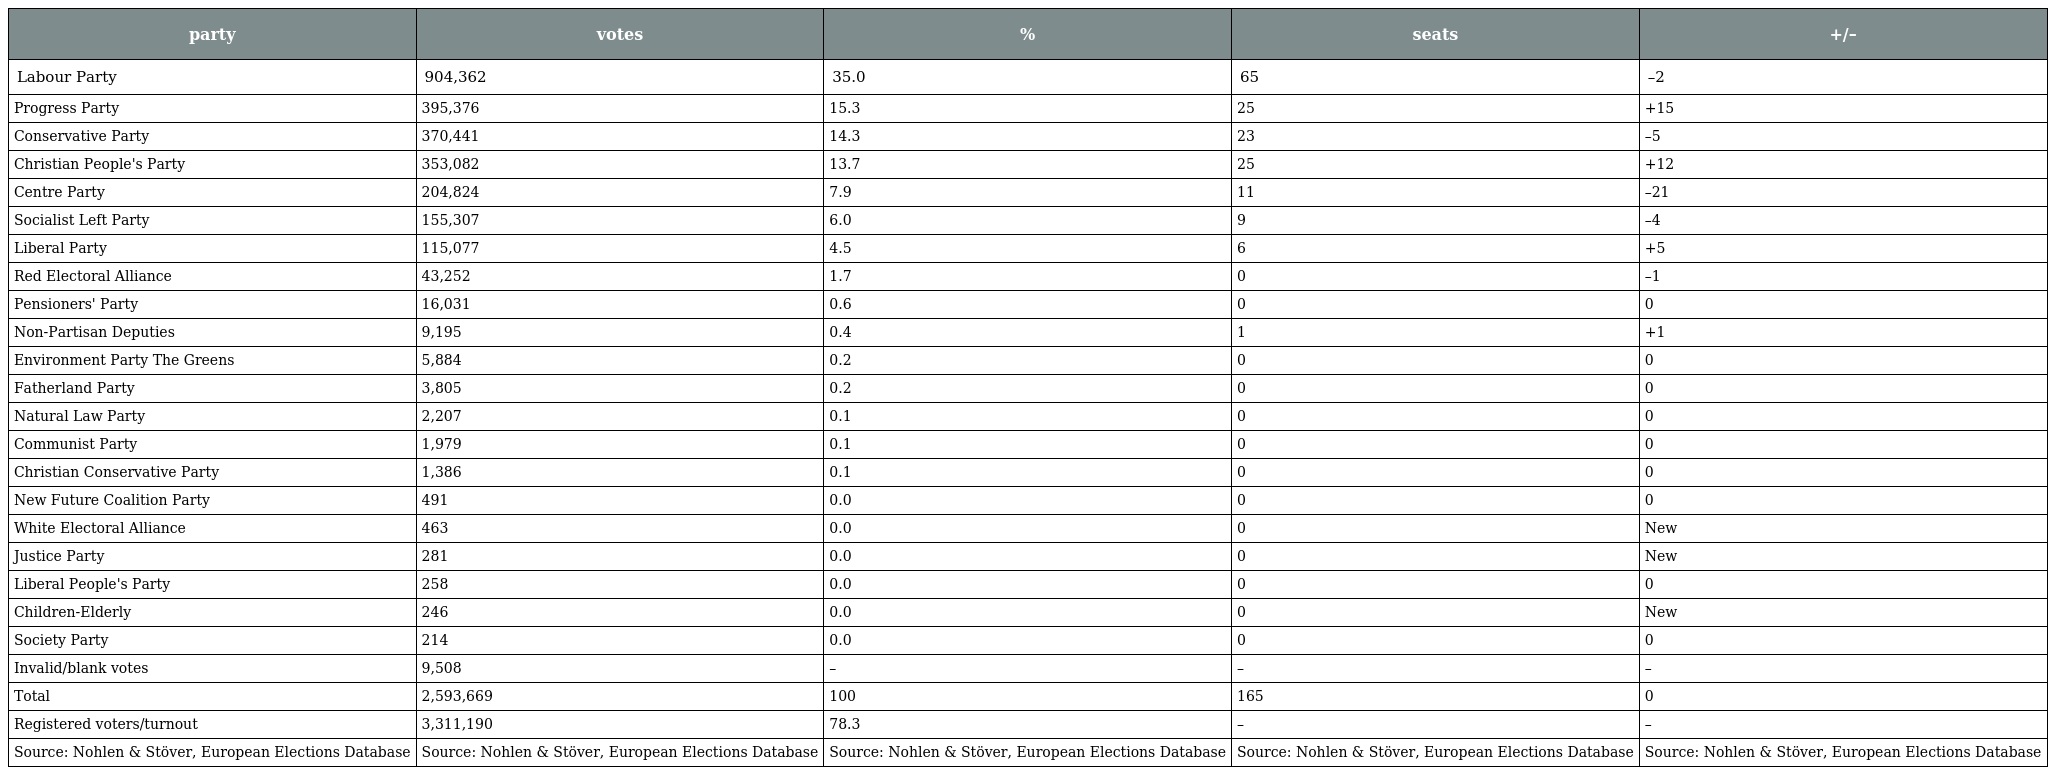
| party | votes | % | seats | +/– |
 | --- | --- | --- | --- | --- |
 | Labour Party | 904,362 | 35.0 | 65 | –2 |
 | Progress Party | 395,376 | 15.3 | 25 | +15 |
 | Conservative Party | 370,441 | 14.3 | 23 | –5 |
 | Christian People's Party | 353,082 | 13.7 | 25 | +12 |
 | Centre Party | 204,824 | 7.9 | 11 | –21 |
 | Socialist Left Party | 155,307 | 6.0 | 9 | –4 |
 | Liberal Party | 115,077 | 4.5 | 6 | +5 |
 | Red Electoral Alliance | 43,252 | 1.7 | 0 | –1 |
 | Pensioners' Party | 16,031 | 0.6 | 0 | 0 |
 | Non-Partisan Deputies | 9,195 | 0.4 | 1 | +1 |
 | Environment Party The Greens | 5,884 | 0.2 | 0 | 0 |
 | Fatherland Party | 3,805 | 0.2 | 0 | 0 |
 | Natural Law Party | 2,207 | 0.1 | 0 | 0 |
 | Communist Party | 1,979 | 0.1 | 0 | 0 |
 | Christian Conservative Party | 1,386 | 0.1 | 0 | 0 |
 | New Future Coalition Party | 491 | 0.0 | 0 | 0 |
 | White Electoral Alliance | 463 | 0.0 | 0 | New |
 | Justice Party | 281 | 0.0 | 0 | New |
 | Liberal People's Party | 258 | 0.0 | 0 | 0 |
 | Children-Elderly | 246 | 0.0 | 0 | New |
 | Society Party | 214 | 0.0 | 0 | 0 |
 | Invalid/blank votes | 9,508 | – | – | – |
 | Total | 2,593,669 | 100 | 165 | 0 |
 | Registered voters/turnout | 3,311,190 | 78.3 | – | – |
 | Source: Nohlen & Stöver, European Elections Database | Source: Nohlen & Stöver, European Elections Database | Source: Nohlen & Stöver, European Elections Database | Source: Nohlen & Stöver, European Elections Database | Source: Nohlen & Stöver, European Elections Database |